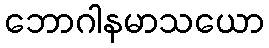
ဘောဂါနမာသယော